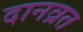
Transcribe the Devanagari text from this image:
दानव्रत